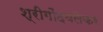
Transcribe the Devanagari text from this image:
श्रीगोंदवलेकर